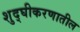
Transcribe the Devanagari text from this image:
शुद्घीकरणातील